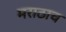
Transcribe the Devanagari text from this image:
मराठाच